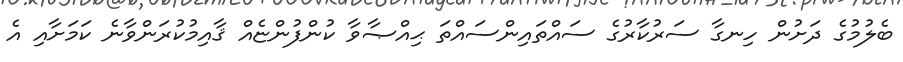
ބެލުމުގެ ދަށުން ހިނގާ ސަރުކާރުގެ ސައްތައިންސައްތަ ޙިއްޞާވާ ކުންފުންޏެއް ޤާއިމުކުރަންވާނެ ކަމަށާއި އެ